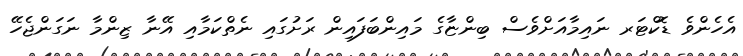
އެހެންވެ ޑޮކްޓަރ ނައިމާއަށްވެސް ބިންޏާގެ މައިންބަފައިން ރަށުގައި ނެތްކަމާއި އޭނާ ޒިންމާ ނަގަންޖެހޭ